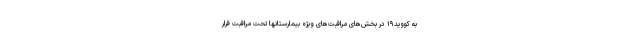
به کووید۱۹ در بخش‌های مراقبت‌های ویژه بیمارستانها تحت مراقبت قرار